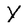
Character: Y